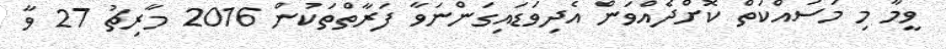
ވީމާ މި މަސައްކަތް ކޮށްދެއްވަން އެދިވަޑައިގަންނަވާ ފަރާތްތަކުން 2016 މާރިޗު 27 ވާ